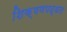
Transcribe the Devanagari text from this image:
शिक्षणपद्धत